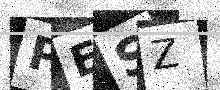
Text: PESZ